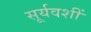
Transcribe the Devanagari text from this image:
सूर्यवशीं